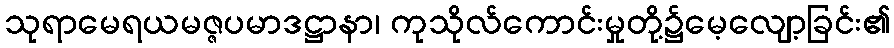
သုရာမေရယမဇ္ဇပမာဒဋ္ဌာနာ၊ ကုသိုလ်ကောင်းမှုတို့၌မေ့လျော့ခြင်း၏